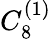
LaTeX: {C}_{8}^{(1)}